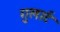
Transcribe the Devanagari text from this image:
गुलार्ट